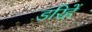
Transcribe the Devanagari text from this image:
डरिहें